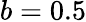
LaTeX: b=0.5